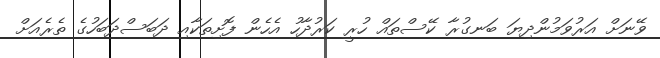
ވޭނަށް އަރުވަމުންދިޔަ ބަނގުރާ ކޭސްތައް ހުރީ ކަރުދާހު އެހެން ފޮށިތަކާއި ދަބަސްދަބަހުގެ ތެރެއަށް